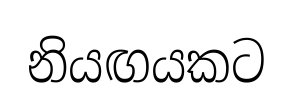
නියඟයකට